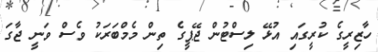
ހާޒިރީގެ ކުރީގައި އުޅޭ ލިސްޓުން ޖޭޕީގެ ތިން މެމްބަރަކު ވެސް ވަނީ ޖާގަ